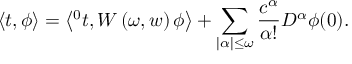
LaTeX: \left\langle t , \phi \right\rangle = \left\langle { ^ 0 t } , W \left( \omega , w \right) \phi \right\rangle + \sum _ { | \alpha | \leq \omega } \frac { c ^ { \alpha } } { \alpha ! } D ^ { \alpha } \phi ( 0 ) .